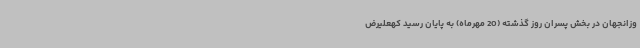
وزانجهان در بخش پسران روز گذشته (20 مهرماه) به پایان رسید کهعلیرض